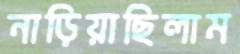
নাড়িয়াছিলাম